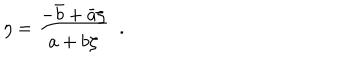
\eta = \frac { - \bar { b } + \bar { a } \zeta } { a + b \zeta } \; \; .